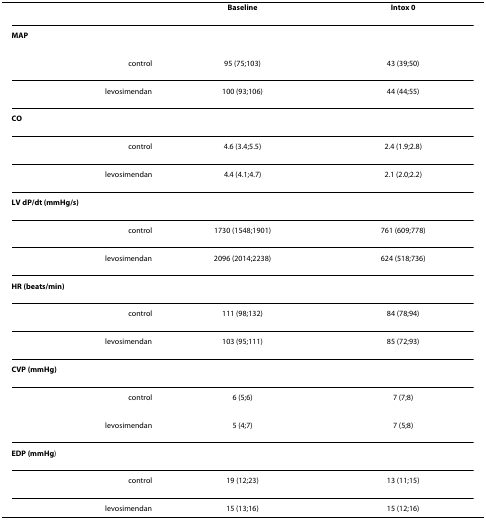
|  | Baseline | Intox 0 |
 | --- | --- | --- |
 | MAP |  |  |
 | control | 95 (75;103) | 43 (39;50) |
 | levosimendan | 100 (93;106) | 44 (44;55) |
 | CO |  |  |
 | control | 4.6 (3.4;5.5) | 2.4 (1.9;2.8) |
 | levosimendan | 4.4 (4.1;4.7) | 2.1 (2.0;2.2) |
 | LV dP/dt (mmHg/s) |  |  |
 | control | 1730 (1548;1901) | 761 (609;778) |
 | levosimendan | 2096 (2014;2238) | 624 (518;736) |
 | HR (beats/min) |  |  |
 | control | 111 (98;132) | 84 (78;94) |
 | levosimendan | 103 (95;111) | 85 (72;93) |
 | CVP (mmHg) |  |  |
 | control | 6 (5;6) | 7 (7;8) |
 | levosimendan | 5 (4;7) | 7 (5;8) |
 | EDP (mmHg) |  |  |
 | control | 19 (12;23) | 13 (11;15) |
 | levosimendan | 15 (13;16) | 15 (12;16) |